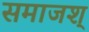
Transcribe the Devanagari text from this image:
समाजश्